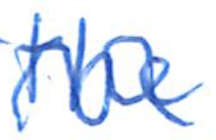
Text: the
Cross-out: wave
Writing tool: ballpoint